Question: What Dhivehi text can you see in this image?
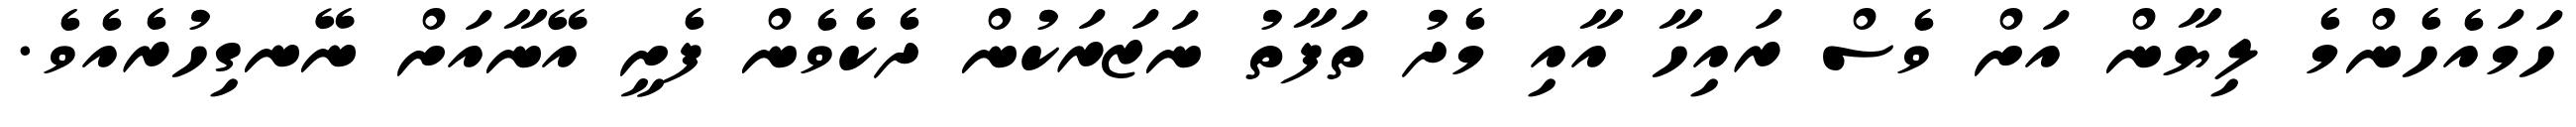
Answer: ހަމައެހެންމެ ލިޔާން އަށް ވެސް ރައިހާ އާއި މެދު ތަފާތު ނަޒަރަކުން ދެކެވެން ފެށީ އޭނާއަށް ނޭނގިހުރެއެވެ.